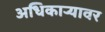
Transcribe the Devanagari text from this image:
अधिकार्‍यावर